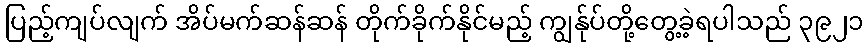
ပြည့်ကျပ်လျက် အိပ်မက်ဆန်ဆန် တိုက်ခိုက်နိုင်မည့် ကျွန်ုပ်တို့တွေ့ခဲ့ရပါသည် ၃၉၂၁